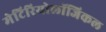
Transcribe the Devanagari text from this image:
मेटिरियोलॉजिकल